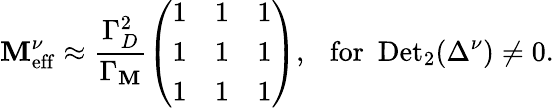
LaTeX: \mathbf{M}_{\mathrm{{eff}}}^{\nu}\approx\frac{{\Gamma_{D}^{2}}}{{\Gamma_{\mathbf{M}}}}\left(\begin{array}{ccc}{{1}}&{{1}}&{{1}}\\ {{1}}&{{1}}&{{1}}\\ {{1}}&{{1}}&{{1}}\end{array}\right),\ \ \ \mathrm{{for}}\ \ \mathrm{{Det}}_{2}(\Delta^{\nu})\ne0.